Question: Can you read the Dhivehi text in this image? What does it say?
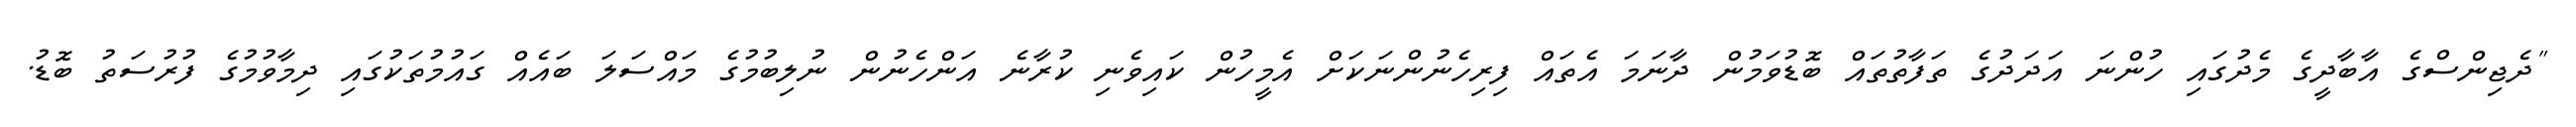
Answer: "ދެޖިންސްގެ އާބާދީގެ މެދުގައި ހުންނަ އަދަދުގެ ތަފާތުތައް ބޮޑުވަމުން ދާނަމަ އެތައް ފިރިހެނުންނަކަށް އެމީހުން ކައިވެނި ކުރާނެ އަންހެނުން ނުލިބުމުގެ މައްސަލަ ބައެއް ގައުމުތަކުގައި ދިމާވުމުގެ ފުރުސަތު ބޮޑު.